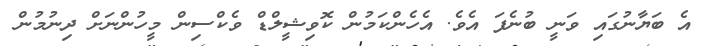
އެ ބަޔާނުގައި ވަނީ ބުނެފަ އެވެ. އެހެންކަމުން ކޮވިޝީލްޑް ވެކްސިން މީހުންނަށް ދިނުމުން